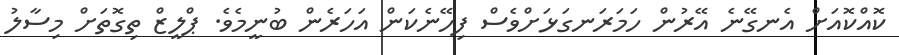
ކޮއްކޮއަށް އެނގޭނެ އޭރުން ހަމަރަނގަޅަށްވެސް ފިހޭނެކަން އަހަރެން ބުނީމެވެ. ޕްލީޒް ތިގޮތަށް މިސާލު